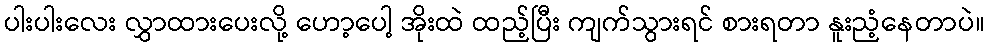
ပါးပါးလေး လွှာထားပေးလို့ ဟော့ပေါ့ အိုးထဲ ထည့်ပြီး ကျက်သွားရင် စားရတာ နူးညံ့နေတာပဲ။